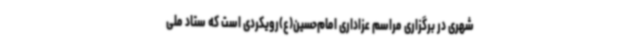
شهری در برگزاری مراسم عزاداری امام‌حسین(ع)رویکردی است که ستاد ملی